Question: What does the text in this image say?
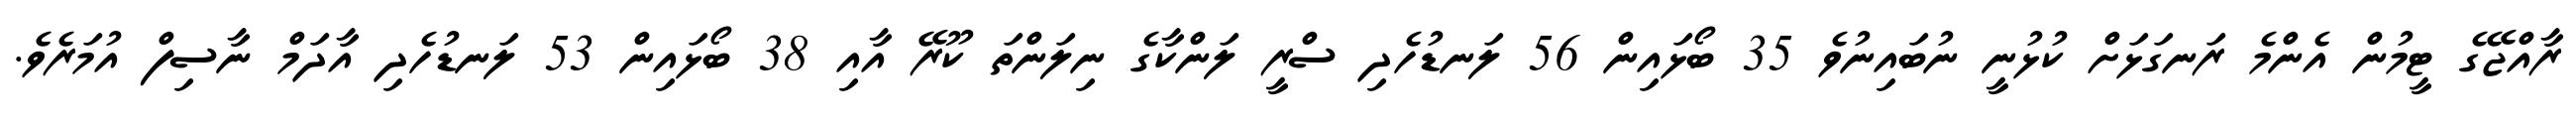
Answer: ރާއްޖޭގެ ޓީމުން އެންމެ ރަނގަޅަށް ކުޅުނީ ނުބައިނުވެ 35 ބޯޅައިން 56 ލަނޑުހެދި ސްރީ ލަންކާގެ ނިލަންތަ ކޫރޭ އާއި 38 ބޯޅައިން 53 ލަނޑުހެދި އާދަމް ނާސިފް އުމަރެވެ.